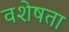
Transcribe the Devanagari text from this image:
वशेषता